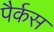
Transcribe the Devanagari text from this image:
पैर्कस